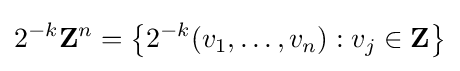
2^{-k}\mathbf {Z} ^{n}=\left\{2^{-k}(v_{1},\dots ,v_{n}):v_{j}\in \mathbf {Z} \right\}